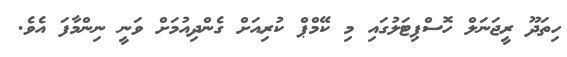
ހިތަދޫ ރީޖަނަލް ހޮސްޕިޓަލުގައި މި ކޭމްޕް ކުރިއަށް ގެންދިއުމަށް ވަނީ ނިންމާފަ އެވެ.